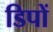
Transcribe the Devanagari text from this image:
डिपों